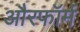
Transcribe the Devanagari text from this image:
औरफॉर्म